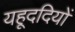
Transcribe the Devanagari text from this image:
यहूददियों